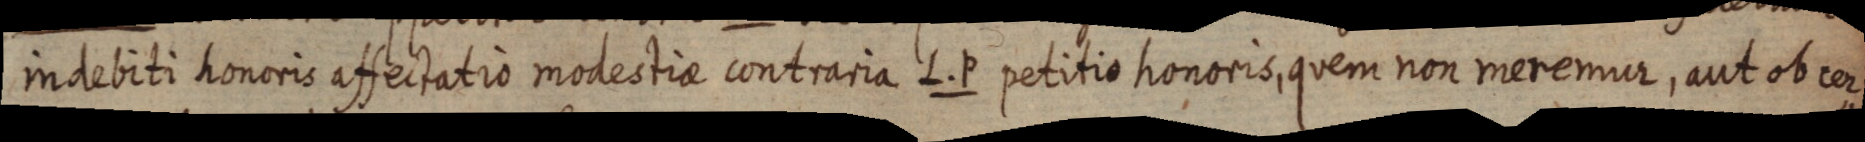
indebiti honoris affectatio modestiae contraria L. P. petitio honoris, quem non meremur, aut ob cer